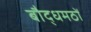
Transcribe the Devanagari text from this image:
बौद्धमठों